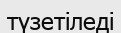
түзетіледі